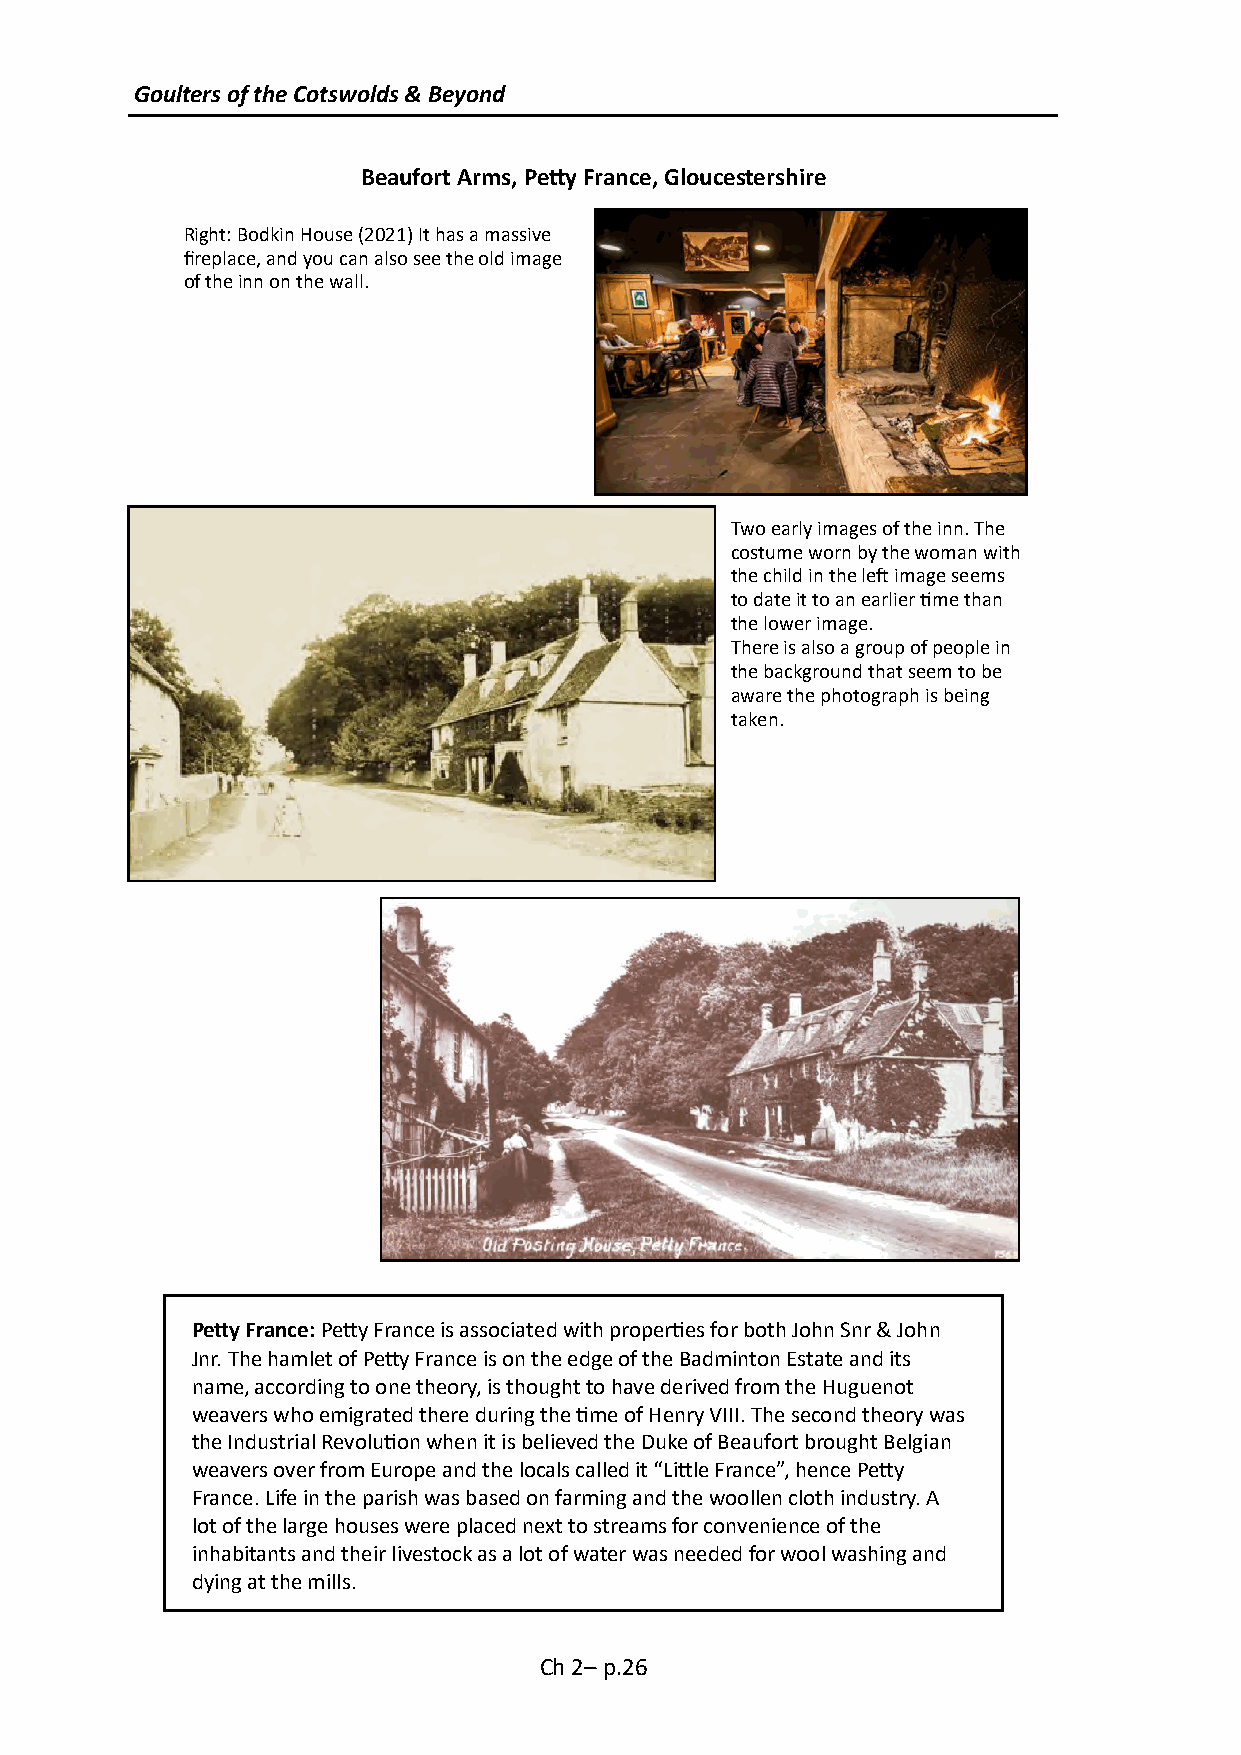
Goulters of the Cotswolds & Beyond
 Beaufort Arms, Petty France, Gloucestershire
 Right: Bodkin House (2021) It has a massive
 fireplace, and you can also see the old image
 of the inn on the wall.
 Two early images of the inn. The
 costume worn by the woman with
 the child in the left image seems
 to date it to an earlier time than
 the lower image.
 There is also a group of people in
 the background that seem to be
 aware the photograph is being
 taken.
 Petty France: Petty France is associated with properties for both John Snr & John
 Jnr. The hamlet of Petty France is on the edge of the Badminton Estate and its
 name, according to one theory, is thought to have derived from the Huguenot
 weavers who emigrated there during the time of Henry VIII. The second theory was
 the Industrial Revolution when it is believed the Duke of Beaufort brought Belgian
 weavers over from Europe and the locals called it “Little France”, hence Petty
 France. Life in the parish was based on farming and the woollen cloth industry. A
 lot of the large houses were placed next to streams for convenience of the
 inhabitants and their livestock as a lot of water was needed for wool washing and
 dying at the mills.
 Ch 2– p.26